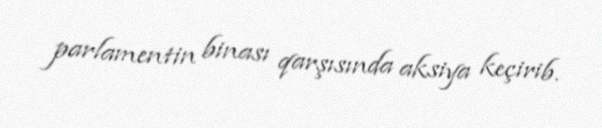
parlamentin binası qarşısında aksiya keçirib.